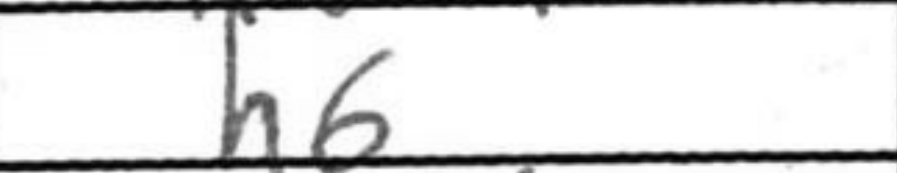
Transcription: h6